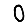
Digit: 0